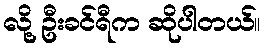
လို့ ဦးခင်ရီက ဆိုပါတယ်။